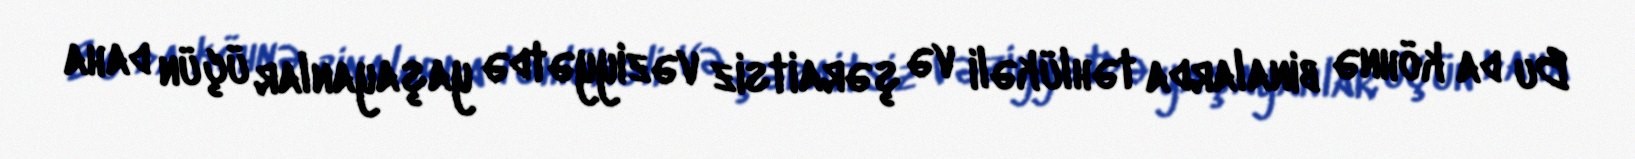
Bu da köhnə binalarda təhlükəli və şəraitsiz vəziyyətdə yaşayanlar üçün daha